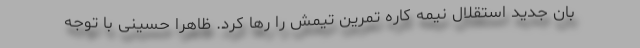
بان جدید استقلال نیمه کاره تمرین تیمش را رها کرد. ظاهرا حسینی با توجه